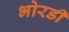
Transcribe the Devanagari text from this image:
भोरडी